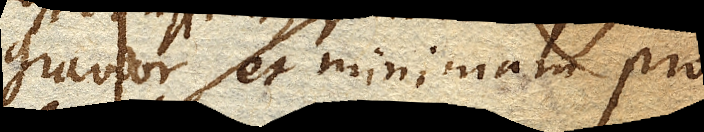
gravior, et minimam pro